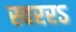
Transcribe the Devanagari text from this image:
स्वररऽ